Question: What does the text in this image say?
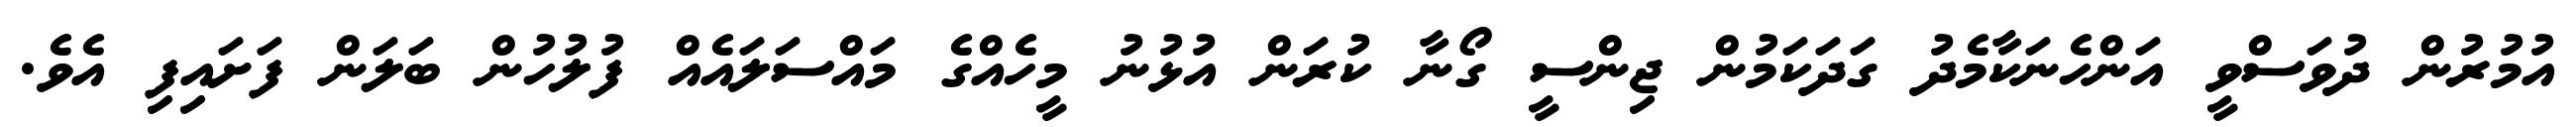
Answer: އުމުރުން ދުވަސްވީ އަންހެނަކާމެދު ގަދަކަމުން ޖިންސީ ގޯނާ ކުރަން އުޅުނު މީހެއްގެ މައްސަލައެއް ފުލުހުން ބަލަން ފަށައިފި އެވެ.